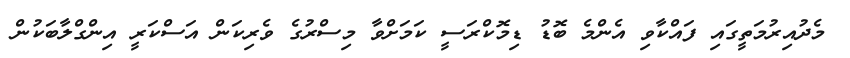
މެދުއިރުމަތީގައި ފައްކާވި އެންމެ ބޮޑު ޑިމޮކްރަސީ ކަމަށްވާ މިސްރުގެ ވެރިކަން އަސްކަރީ އިންގްލާބަަކުން